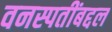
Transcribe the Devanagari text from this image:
वनस्पतींबद्दल